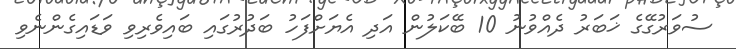
ސުވަރުގޭގެ ޚަބަރު ދެއްވުނު 10 ބޭކަލުން އަދި އެޔަށްފަހު ބަދުރުގައި ބައިވެރިވި ވަޑައިގެންނެވި